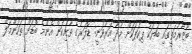
ބާޒާރުމަތީގައި ބަޔަކު ޕިކަޕަކަށް މުދާ އަރުވަނީ: ޑޮލަރުގެ ތާށިކަން އެންމެ ބޮޑަށް ތަހަންމަލް